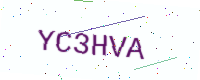
Text: YC3HVA